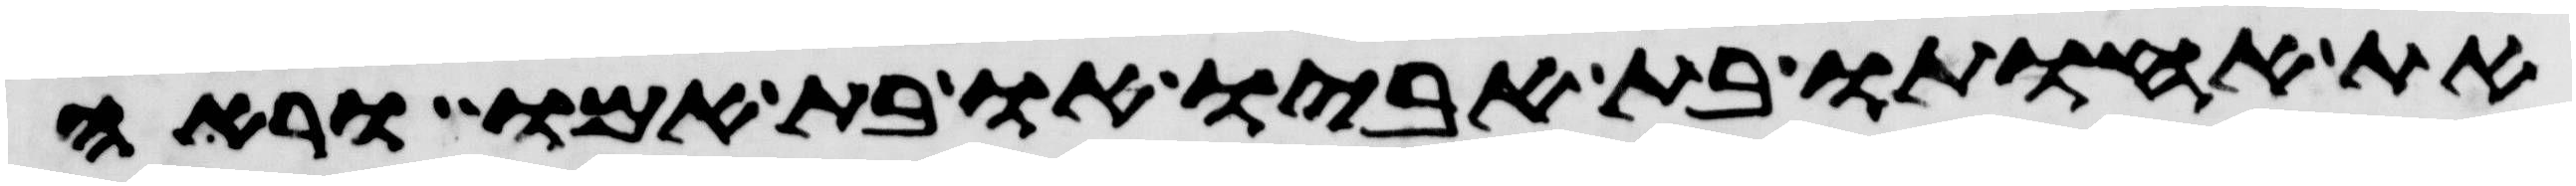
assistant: את אחותו בת אביו או בת אמו וראה